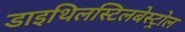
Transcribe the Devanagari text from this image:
डाइथिलस्टिलबेस्ट्रोल